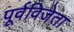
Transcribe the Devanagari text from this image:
पूर्वविजेता